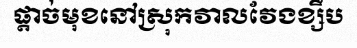
ផ្តាច់មុខនៅស្រុកវាលវែងខ្សឹប